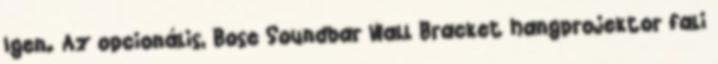
Igen. Az opcionális, Bose Soundbar Wall Bracket hangprojektor fali